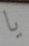
يا